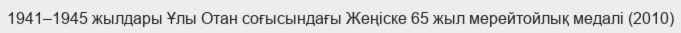
1941–1945 жылдары Ұлы Отан соғысындағы Жеңіске 65 жыл мерейтойлық медалі (2010)